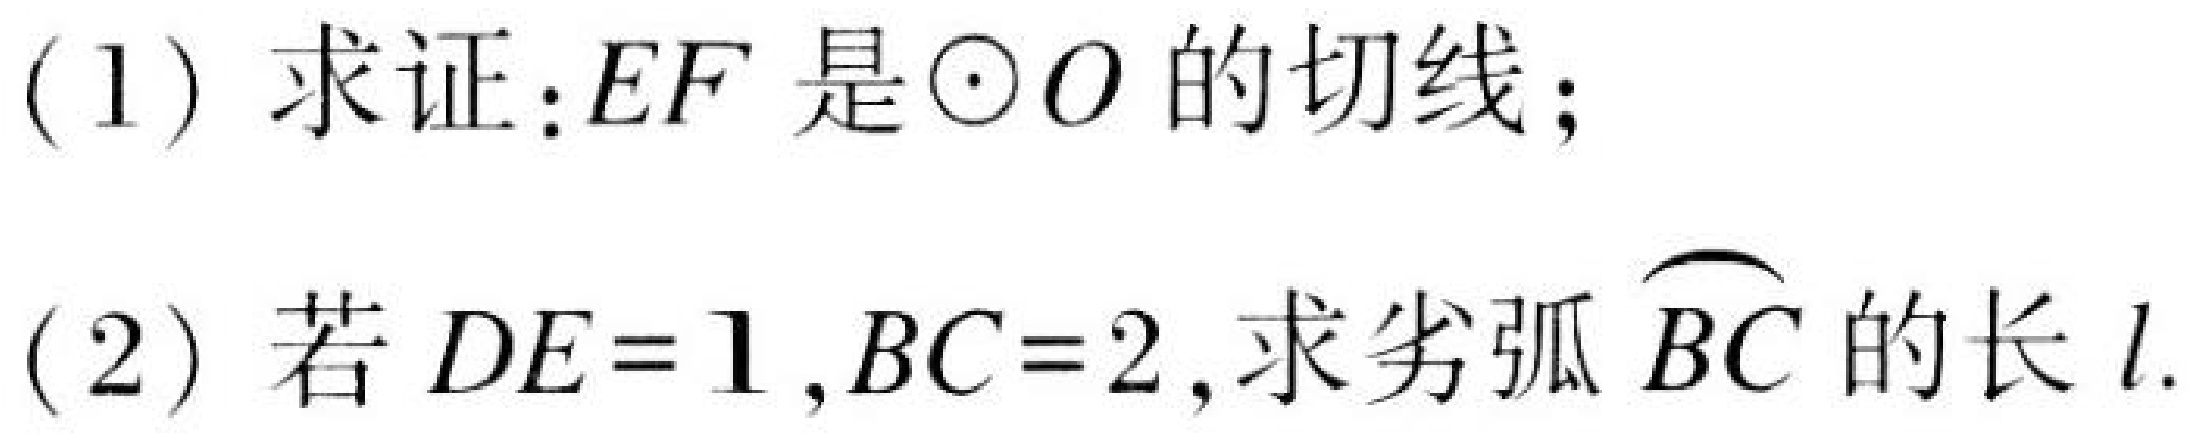
(1) 求证：\(EF\) 是\(\odot O\)的切线；
(2) 若 \(DE = 1\), \(BC = 2\),求劣弧 \(\overset{\frown}{BC}\) 的长 \(l\).